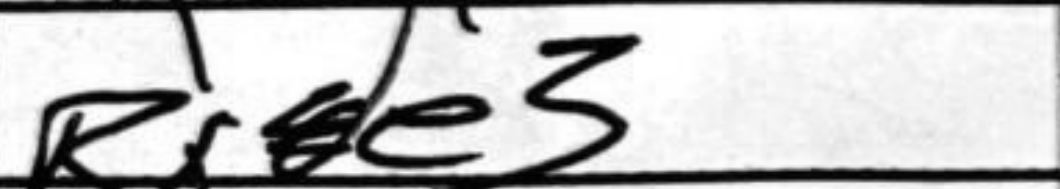
Transcription: Rxe3